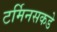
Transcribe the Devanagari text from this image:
टर्मिनसकडे